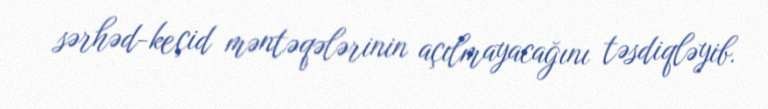
sərhəd-keçid məntəqələrinin açılmayacağını təsdiqləyib.